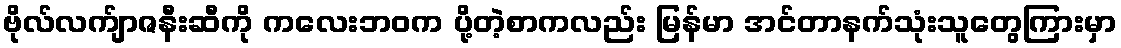
ဗိုလ်လက်ျာဇနီးဆီကို ကလေးဘဝက ပို့တဲ့စာကလည်း မြန်မာ အင်တာနက်သုံးသူတွေကြားမှာ